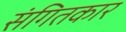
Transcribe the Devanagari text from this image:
संगितकार